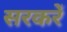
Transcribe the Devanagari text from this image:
सरकरें